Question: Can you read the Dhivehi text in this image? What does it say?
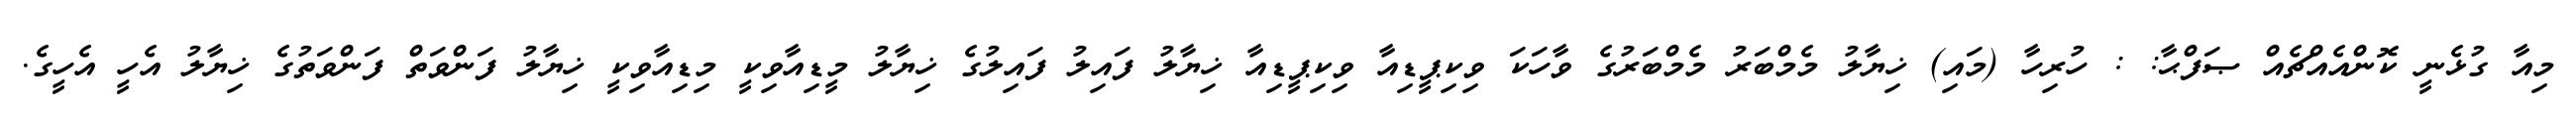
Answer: މިއާ ގުޅެނީ ކޮންއެއްޗެއް ޞަފްޙާ: : ހުރިހާ (މައި) ޚިޔާލު މެމްބަރު މެމްބަރުގެ ވާހަކަ ވިކިޕީޑިއާ ވިކިޕީޑިއާ ޚިޔާލު ފައިލު ފައިލުގެ ޚިޔާލު މީޑިއާވިކީ މިޑިއާވިކީ ޚިޔާލު ފަންވަތް ފަންވަތުގެ ޚިޔާލު އެހީ އެހީގެ.